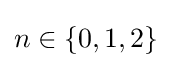
n\in \mathbb {\{} 0,1,2\}